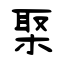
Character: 棸